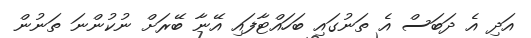
އަދި އެ ދަބަސް އެ ތަނުގައި ބަހައްޓާފައި އޭނާ ބޭރަށް ނުކުންނަ ތަނުން